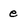
Character: e